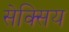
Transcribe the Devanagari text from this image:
सेक्सिय